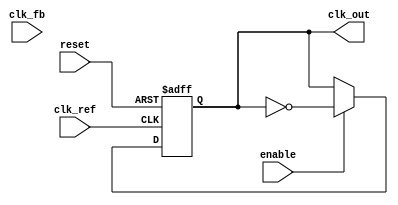
module ADPLL (
    input wire clk_ref,             // Reference clock input
    input wire clk_fb,              // Feedback clock input
    input wire reset,               // Reset signal
    input wire enable,              // Enable signal for the PLL
    output reg clk_out              // Output clock
);

    // Phase Detector (PD)
    reg [7:0] phase_error;          // Phase error signal
    wire phase_error_signal;        // Phase error signal from PD

    // Digital Loop Filter (DLF)
    reg [15:0] control_signal;      // Control signal for VCO
    reg [15:0] filtered_phase_error; // Filtered phase error for DLF

    // Voltage-Controlled Oscillator (VCO)
    reg [7:0] vco_frequency;        // Frequency control for VCO
    reg vco_enable;                 // VCO enable signal

    // Memory Block
    reg [15:0] phase_memory [0:255]; // Memory for phase parameters
    reg [7:0] mem_address;          // Address for memory access

    // Control Logic
    reg [1:0] state;                // State for control logic
    localparam IDLE = 2'b00,
               LOCKED = 2'b01,
               UPDATE = 2'b10;

    // Phase Detector Logic
    always @(posedge clk_ref or posedge reset) begin
        if (reset) begin
            phase_error <= 8'd0;
        end else if (enable) begin
            // Simple phase comparison logic (example)
            phase_error <= {7'b0, clk_fb} - {7'b0, clk_ref};
        end
    end

    // Digital Loop Filter Logic
    always @(posedge clk_ref or posedge reset) begin
        if (reset) begin
            filtered_phase_error <= 16'd0;
        end else if (enable) begin
            // First-order filter example
            filtered_phase_error <= filtered_phase_error + phase_error;
            control_signal <= filtered_phase_error[15:0]; // Limit to 16 bits
        end
    end

    // VCO Logic
    always @(posedge clk_ref or posedge reset) begin
        if (reset) begin
            vco_frequency <= 8'd0;
            clk_out <= 0;
        end else if (enable) begin
            vco_frequency <= control_signal[7:0]; // Example control mapping
            clk_out <= ~clk_out; // Toggle output clock as simple VCO behavior
        end
    end

    // Memory Block Logic
    always @(posedge clk_ref) begin
        if (enable) begin
            // Update memory with phase information (example)
            phase_memory[mem_address] <= phase_error; // Store phase error
            mem_address <= mem_address + 1; // Increment address
        end
    end

    // Control Logic State Machine
    always @(posedge clk_ref or posedge reset) begin
        if (reset) begin
            state <= IDLE;
        end else begin
            case (state)
                IDLE: begin
                    if (enable) state <= LOCKED;
                end
                LOCKED: begin
                    // Check if conditions are met to stay in LOCKED state
                    // Example: if phase error is within a threshold
                    if (phase_error < 8'd5) begin
                        // Stay locked
                    end else begin
                        state <= UPDATE; // Move to update if out of lock
                    end
                end
                UPDATE: begin
                    // Logic to update parameters if necessary
                    state <= LOCKED; // Return to locked state
                end
            endcase
        end
    end

endmodule